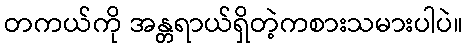
တကယ်ကို အန္တရာယ်ရှိတဲ့ကစားသမားပါပဲ။